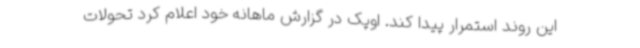
این روند استمرار پیدا کند. اوپک در گزارش ماهانه خود اعلام کرد تحولات